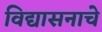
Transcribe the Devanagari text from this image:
विद्यासनाचे